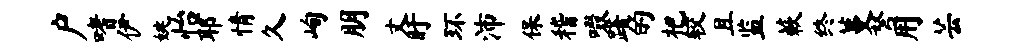
户嗜伊姚怡耶情久峋朋丈盱环沛保稽啜躇的杷较且监蔌终蔓弩用芸